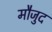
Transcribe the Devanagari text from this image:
माैजुद